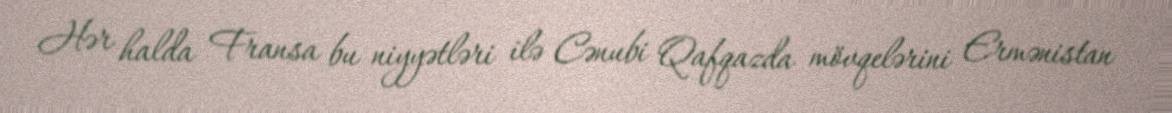
Hər halda Fransa bu niyyətləri ilə Cənubi Qafqazda mövqelərini Ermənistan